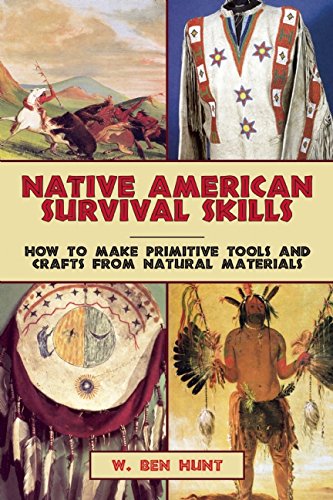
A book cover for Native American Survival Skills: How to Make Primitive Tools and Crafts from Natural Materials; W. Ben Hunt; Crafts, Hobbies & Home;